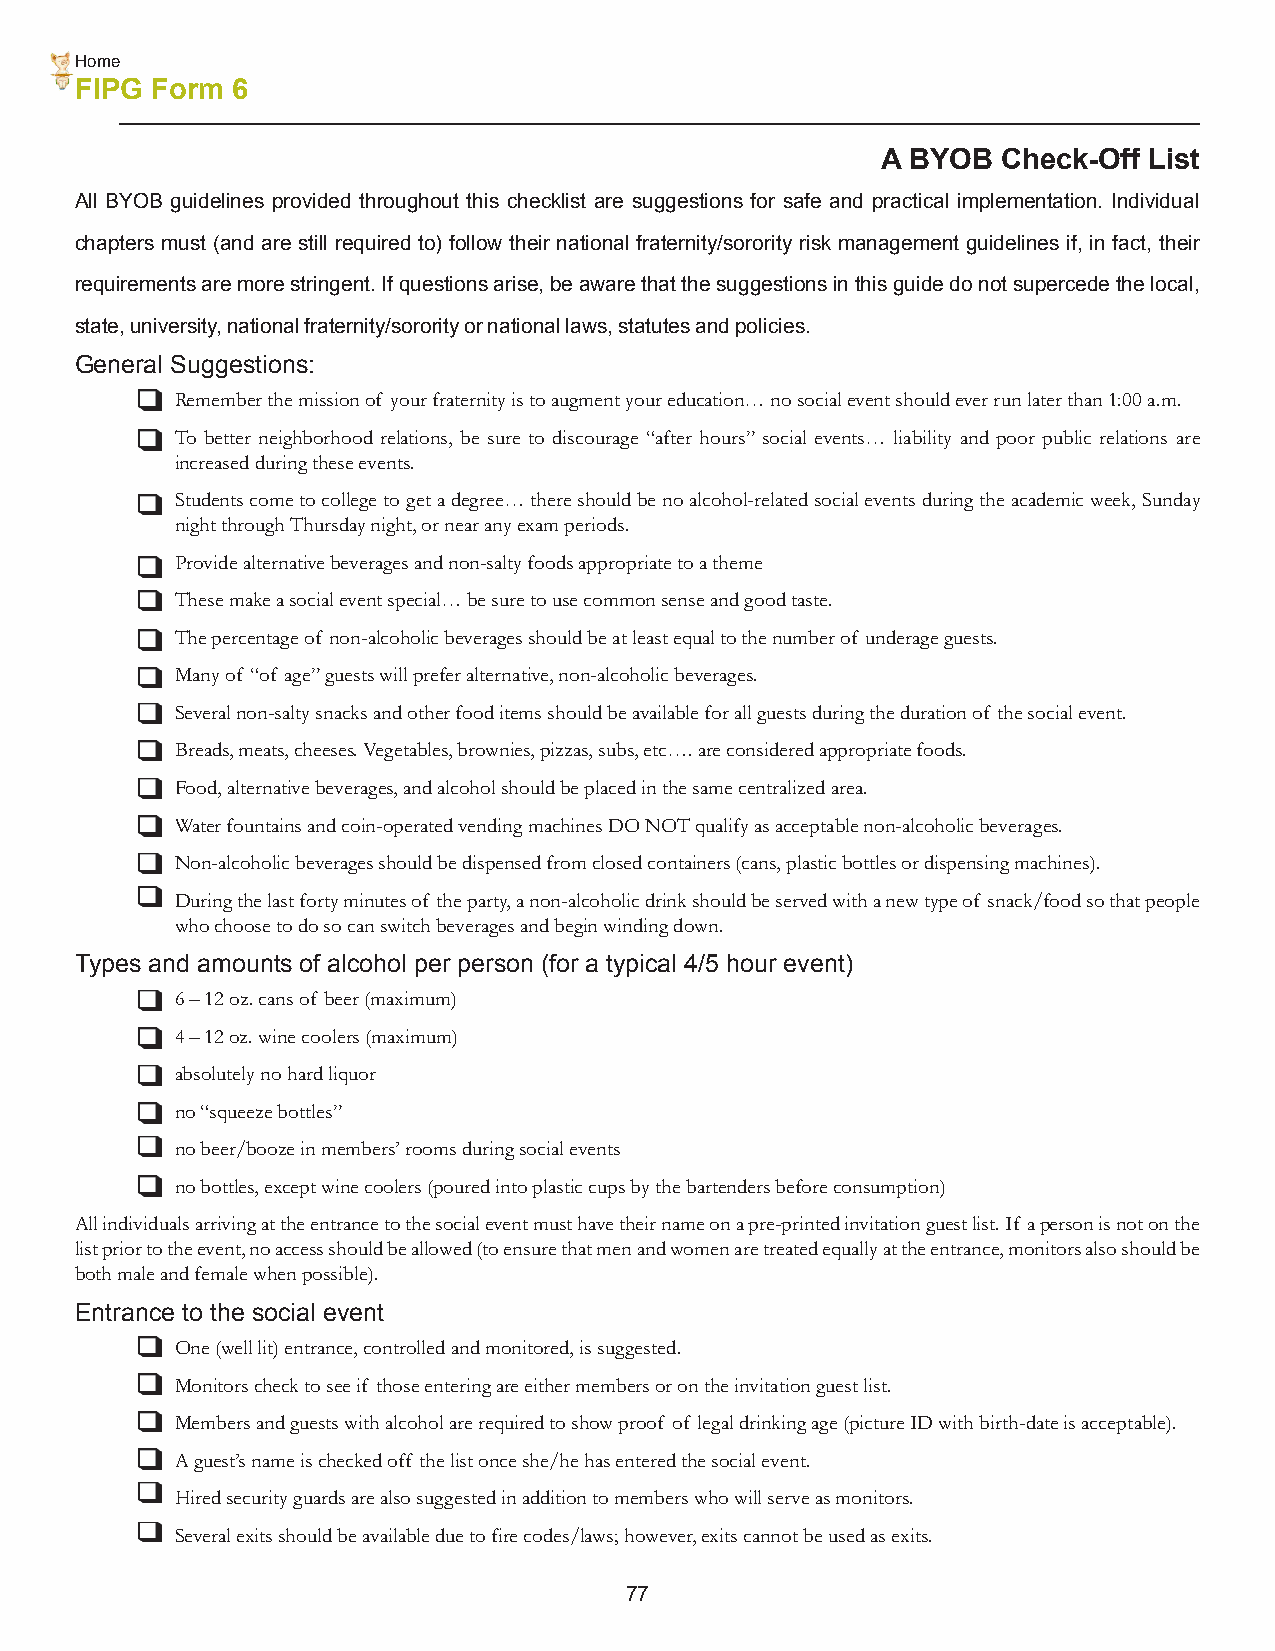
Home
 FIPG Form 6
 A BYOB  Check-Off List
 All BYOB guidelines provided throughout this checklist are suggestions for safe and practical implementation. Individual
 chapters must (and are still required to) follow their national fraternity/sorority risk management guidelines if, in fact, their
 requirements are more stringent. If questions arise, be aware that the suggestions in this guide do not supercede the local,
 state, university, national fraternity/sorority or national laws, statutes and policies.
 General Suggestions:
 Remember the mission of your fraternity is to augment your education… no social event should ever run later than 1:00 a.m.
 To better neighborhood relations, be sure to discourage “after hours” social events… liability and poor public relations are
 increased during these events.
 Students come to college to get a degree… there should be no alcohol-related social events during the academic week, Sunday
 night through Thursday night, or near any exam periods.
 Provide alternative beverages and non-salty foods appropriate to a theme
 These make a social event special… be sure to use common sense and good taste.
 The percentage of non-alcoholic beverages should be at least equal to the number of underage guests.
 Many of “of age” guests will prefer alternative, non-alcoholic beverages.
 Several non-salty snacks and other food items should be available for all guests during the duration of the social event.
 Breads, meats, cheeses. Vegetables, brownies, pizzas, subs, etc…. are considered appropriate foods.
 Food, alternative beverages, and alcohol should be placed in the same centralized area.
 Water fountains and coin-operated vending machines DO NOT qualify as acceptable non-alcoholic beverages.
 Non-alcoholic beverages should be dispensed from closed containers (cans, plastic bottles or dispensing machines).
 During the last forty minutes of the party, a non-alcoholic drink should be served with a new type of snack/food so that people
 who choose to do so can switch beverages and begin winding down.
 Types and amounts of alcohol per person (for a typical 4/5 hour event)
 6 – 12 oz. cans of beer (maximum)
 4 – 12 oz. wine coolers (maximum)
 absolutely no hard liquor
 no “squeeze bottles”
 no beer/booze in members’ rooms during social events
 no bottles, except wine coolers (poured into plastic cups by the bartenders before consumption)
 All individuals arriving at the entrance to the social event must have their name on a pre-printed invitation guest list. If a person is not on the
 list prior to the event, no access should be allowed (to ensure that men and women are treated equally at the entrance, monitors also should be
 both male and female when possible).
 Entrance to the social event
 One (well lit) entrance, controlled and monitored, is suggested.
 Monitors check to see if those entering are either members or on the invitation guest list.
 Members and guests with alcohol are required to show proof of legal drinking age (picture ID with birth-date is acceptable).
 A guest’s name is checked off the list once she/he has entered the social event.
 Hired security guards are also suggested in addition to members who will serve as monitors.
 Several exits should be available due to fire codes/laws; however, exits cannot be used as exits.
 77